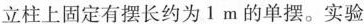
立柱上固定有摆长约为1m的单摆。实验